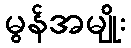
မွန်အမျိုး